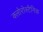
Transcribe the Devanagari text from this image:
क्लोरोस्टैनिक